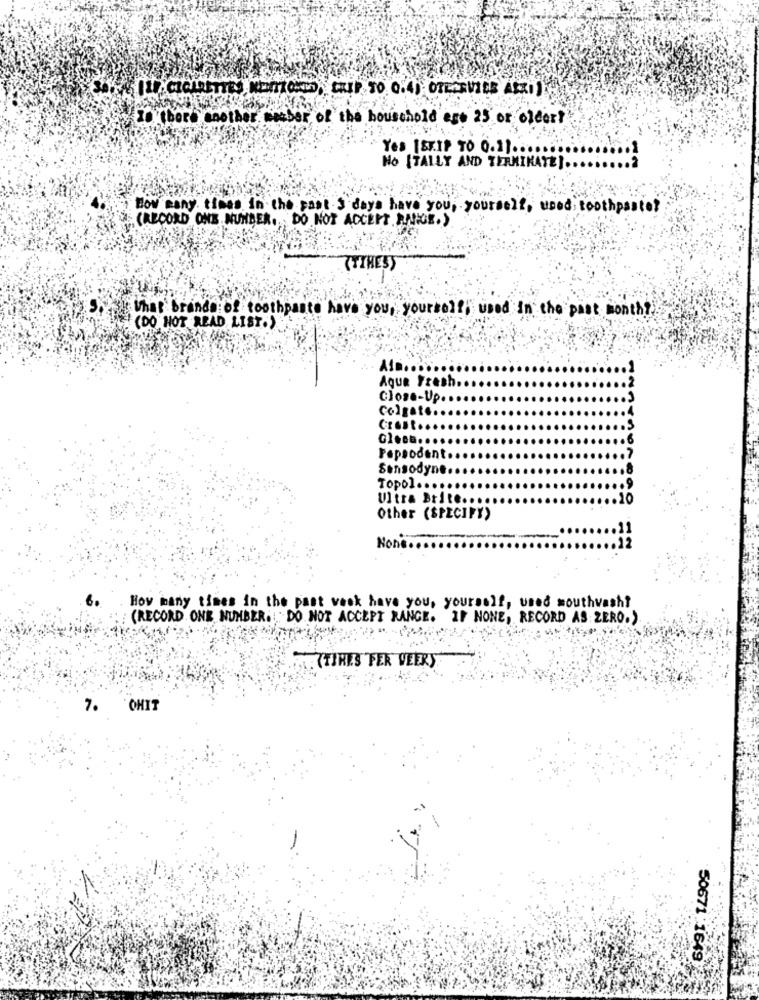
Is there another member of the household ere 25 or clear?
Yes (STIF TO 0.11 .....
No [TALLY AND TERMINATE] .........
How many times in the past 3 days have you, yourself, used toothpaste?
(RECORD ONE NUNDER, DO NOT ACCEPT ANCE.)
(TIMES)
What brands of toothpaste have you, yourself, used in the past month!
(DO NOT READ LIST.)
Aqua Fresh ..
Close-Up.
Colgate.
Crest
Fapsodent.
Sensodyne
Topol.
Ultra Brite ..
Other (SPECIFY)
No
How many times in the past week have you, yourself, used mouthwash?
(RECORD ONE NUMBER. : DO NOT ACCEPT RANGE. IF NONE, RECORD AS ZERO.)
.(TIRES PER VEERS
7. OHIT
50671 :1649